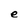
Character: e